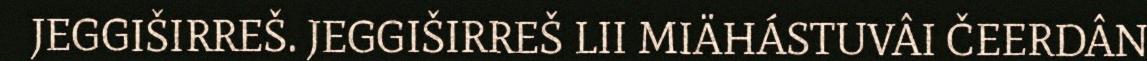
JEGGIŠIRREŠ. JEGGIŠIRREŠ LII MIÄHÁSTUVÂI ČEERDÂN